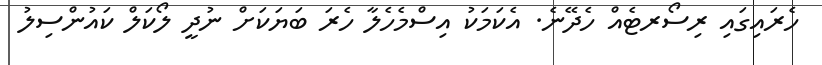
ހެރައިގަައި ރިސޯރޓެއް ހެދޭނެ. އެކަމަކު އިސްމެހެލާ ހެރަ ބަޔަކަށް ނުދީ ލޯކަލް ކައުންސިލު